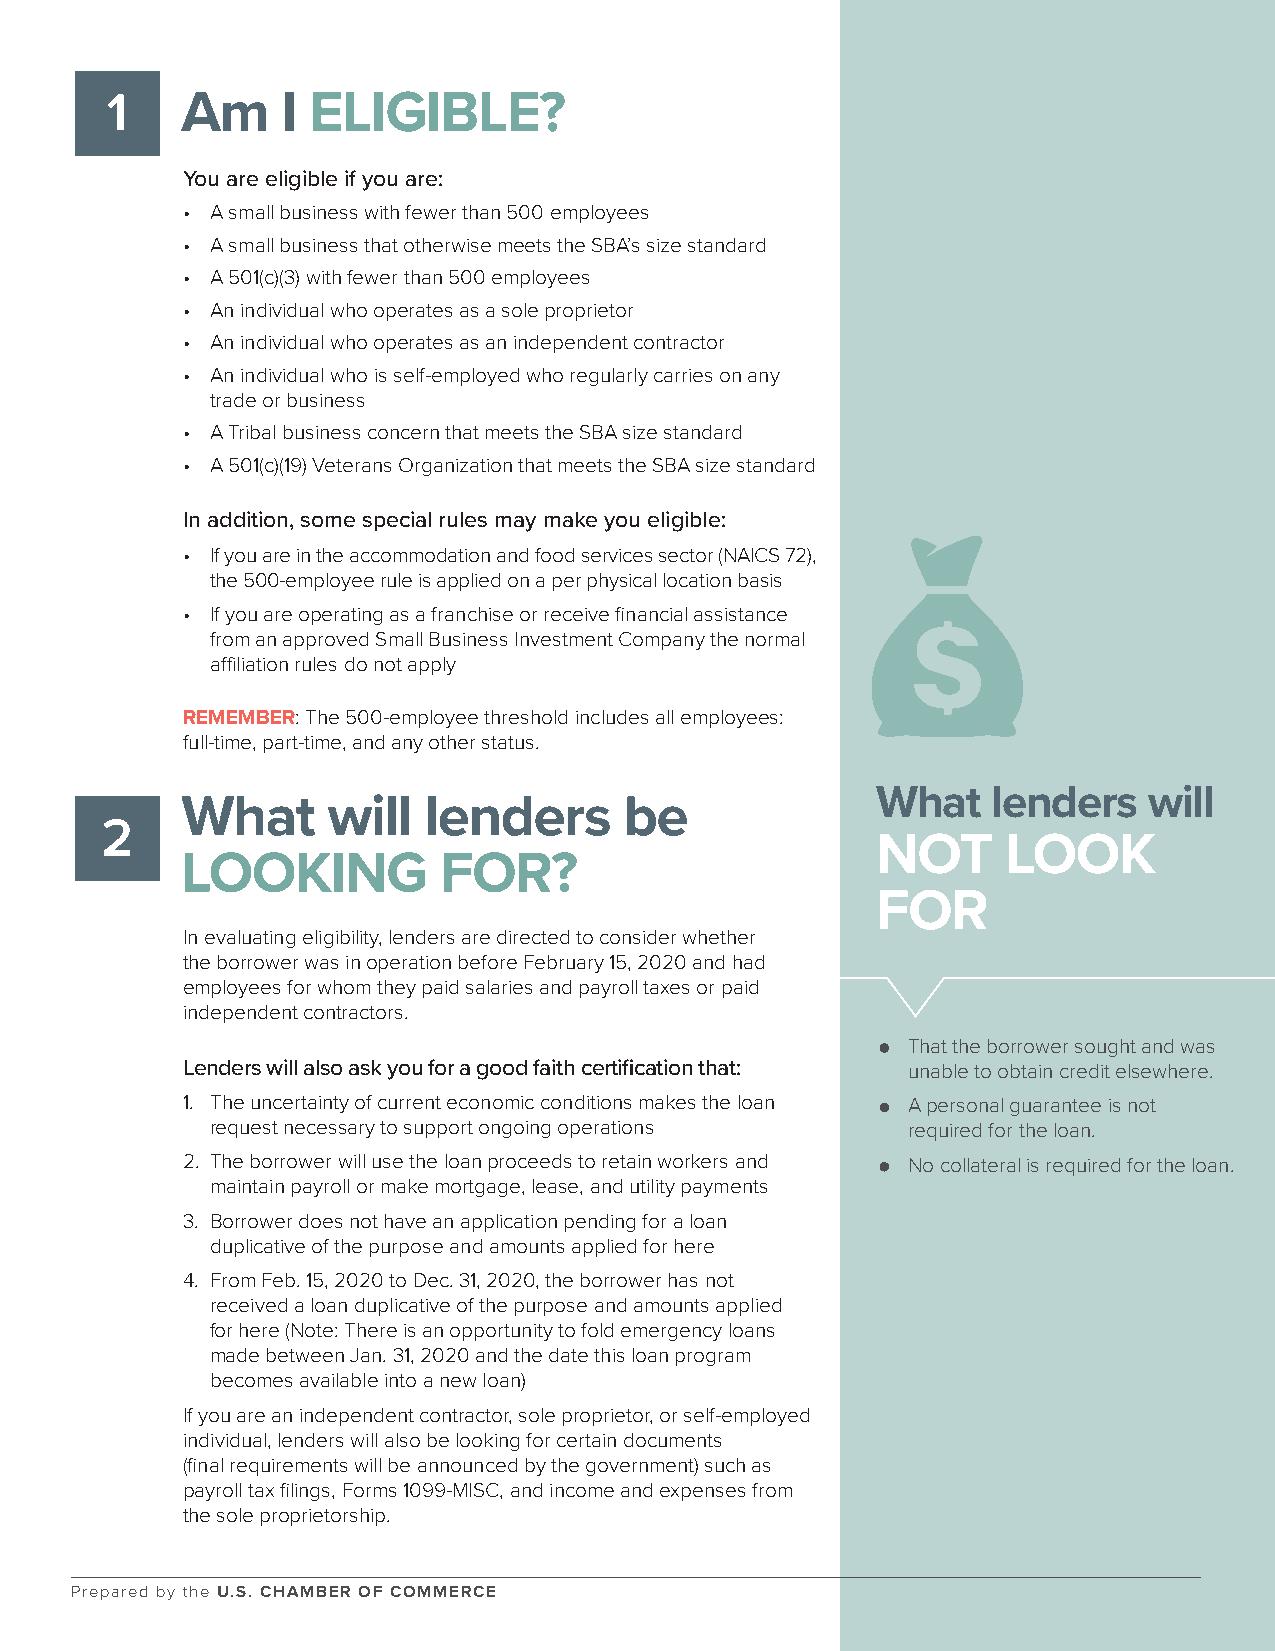
1    Am     I ELIGIBLE?
 You are eligible if you are:
 • A small business with fewer than 500 employees
 • A small business that otherwise meets the SBA’s size standard
 • A 501(c)(3) with fewer than 500 employees
 • An individual who operates as a sole proprietor
 • An individual who operates as an independent contractor
 • An individual who is self-employed who regularly carries on any
 trade or business
 • A Tribal business concern that meets the SBA size standard
 • A 501(c)(19) Veterans Organization that meets the SBA size standard
 In addition, some special rules may make you eligible:
 • If you are in the accommodation and food services sector (NAICS 72),
 the 500-employee rule is applied on a per physical location basis
 • If you are operating as a franchise or receive financial assistance
 from an approved Small Business Investment Company the normal
 affiliation rules do not apply
 REMEMBER: The 500-employee threshold includes all employees:
 full-time, part-time, and any other status.
 What    lenders   will
 What      will  lenders      be
 2
 NOT      LOOK
 LOOKING          FOR?
 FOR
 In evaluating eligibility, lenders are directed to consider whether
 the borrower was in operation before February 15, 2020 and had
 employees for whom they paid salaries and payroll taxes or paid
 independent contractors.
 •• That the borrower sought and was
 Lenders will also ask you for a good faith certification that: unable to obtain credit elsewhere.
 1. The uncertainty of current economic conditions makes the loan •• A personal guarantee is not
 request necessary to support ongoing operations required for the loan.
 2. The borrower will use the loan proceeds to retain workers and •• No collateral is required for the loan.
 maintain payroll or make mortgage, lease, and utility payments
 3. Borrower does not have an application pending for a loan
 duplicative of the purpose and amounts applied for here
 4. From Feb. 15, 2020 to Dec. 31, 2020, the borrower has not
 received a loan duplicative of the purpose and amounts applied
 for here (Note: There is an opportunity to fold emergency loans
 made between Jan. 31, 2020 and the date this loan program
 becomes available into a new loan)
 If you are an independent contractor, sole proprietor, or self-employed
 individual, lenders will also be looking for certain documents
 (final requirements will be announced by the government) such as
 payroll tax filings, Forms 1099-MISC, and income and expenses from
 the sole proprietorship.
 Prepared by the U.S. CHAMBER OF COMMERCE